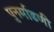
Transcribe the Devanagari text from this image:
पुनर्माडणी